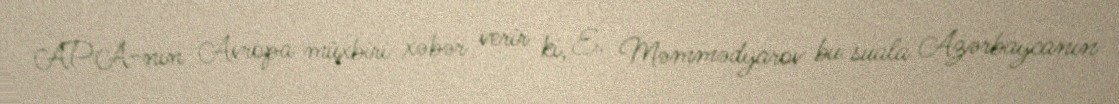
APA-nın Avropa müxbiri xəbər verir ki, E. Məmmədyarov bu suala Azərbaycanın